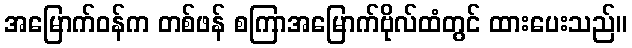
အမြောက်ဝန်က တစ်ဖန် စကြာအမြောက်ဗိုလ်ထံတွင် ထားပေးသည်။